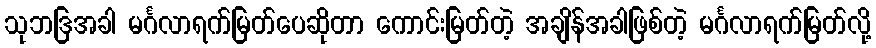
သုဘဒြအခါ မင်္ဂလာရက်မြတ်ပေဆိုတာ ကောင်းမြတ်တဲ့ အချိန်အခါဖြစ်တဲ့ မင်္ဂလာရက်မြတ်လို့